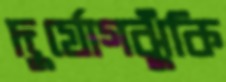
দুর্যোগঝুঁকি